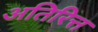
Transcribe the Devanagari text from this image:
अतिरित्त